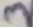
Text: 3